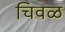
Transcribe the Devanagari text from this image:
चिवळ